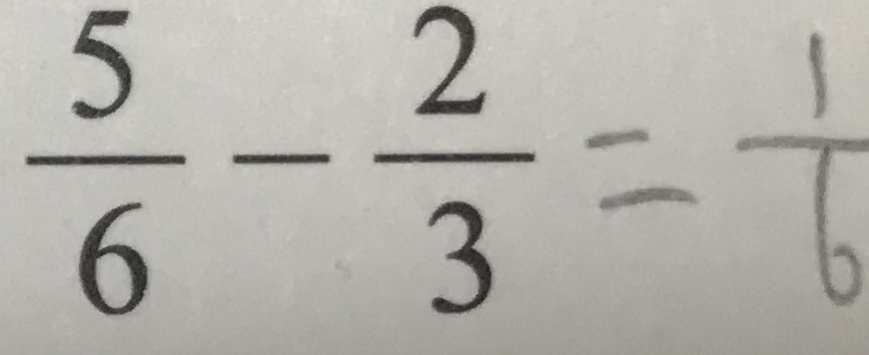
\frac { 5 } { 6 } - \frac { 2 } { 3 } = \frac { 1 } { 6 }